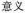
意义